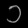
Digit: ၁